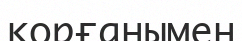
қорғанымен